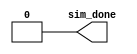
module testcase (sim_done);
output sim_done;

reg sim_done = 0;

//program runs from boot space.
initial
 begin
    #1ns;
	testbench.boot_reg = 1'b0; //0: boot space; 1: normal rom space.
 end

endmodule